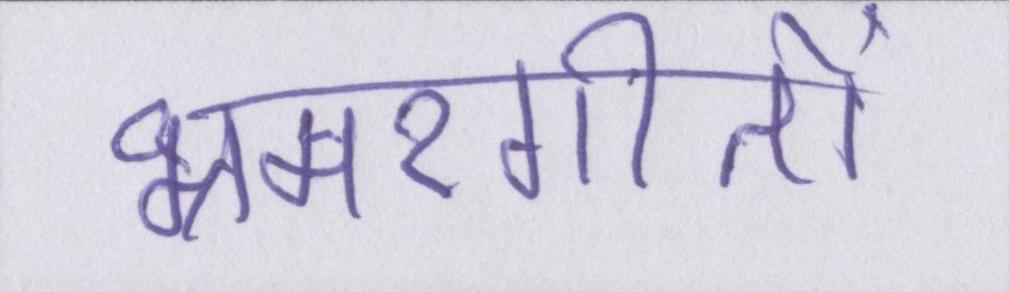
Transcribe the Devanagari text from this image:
भ्रमरगीतों